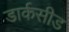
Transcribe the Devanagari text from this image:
डार्कसीड